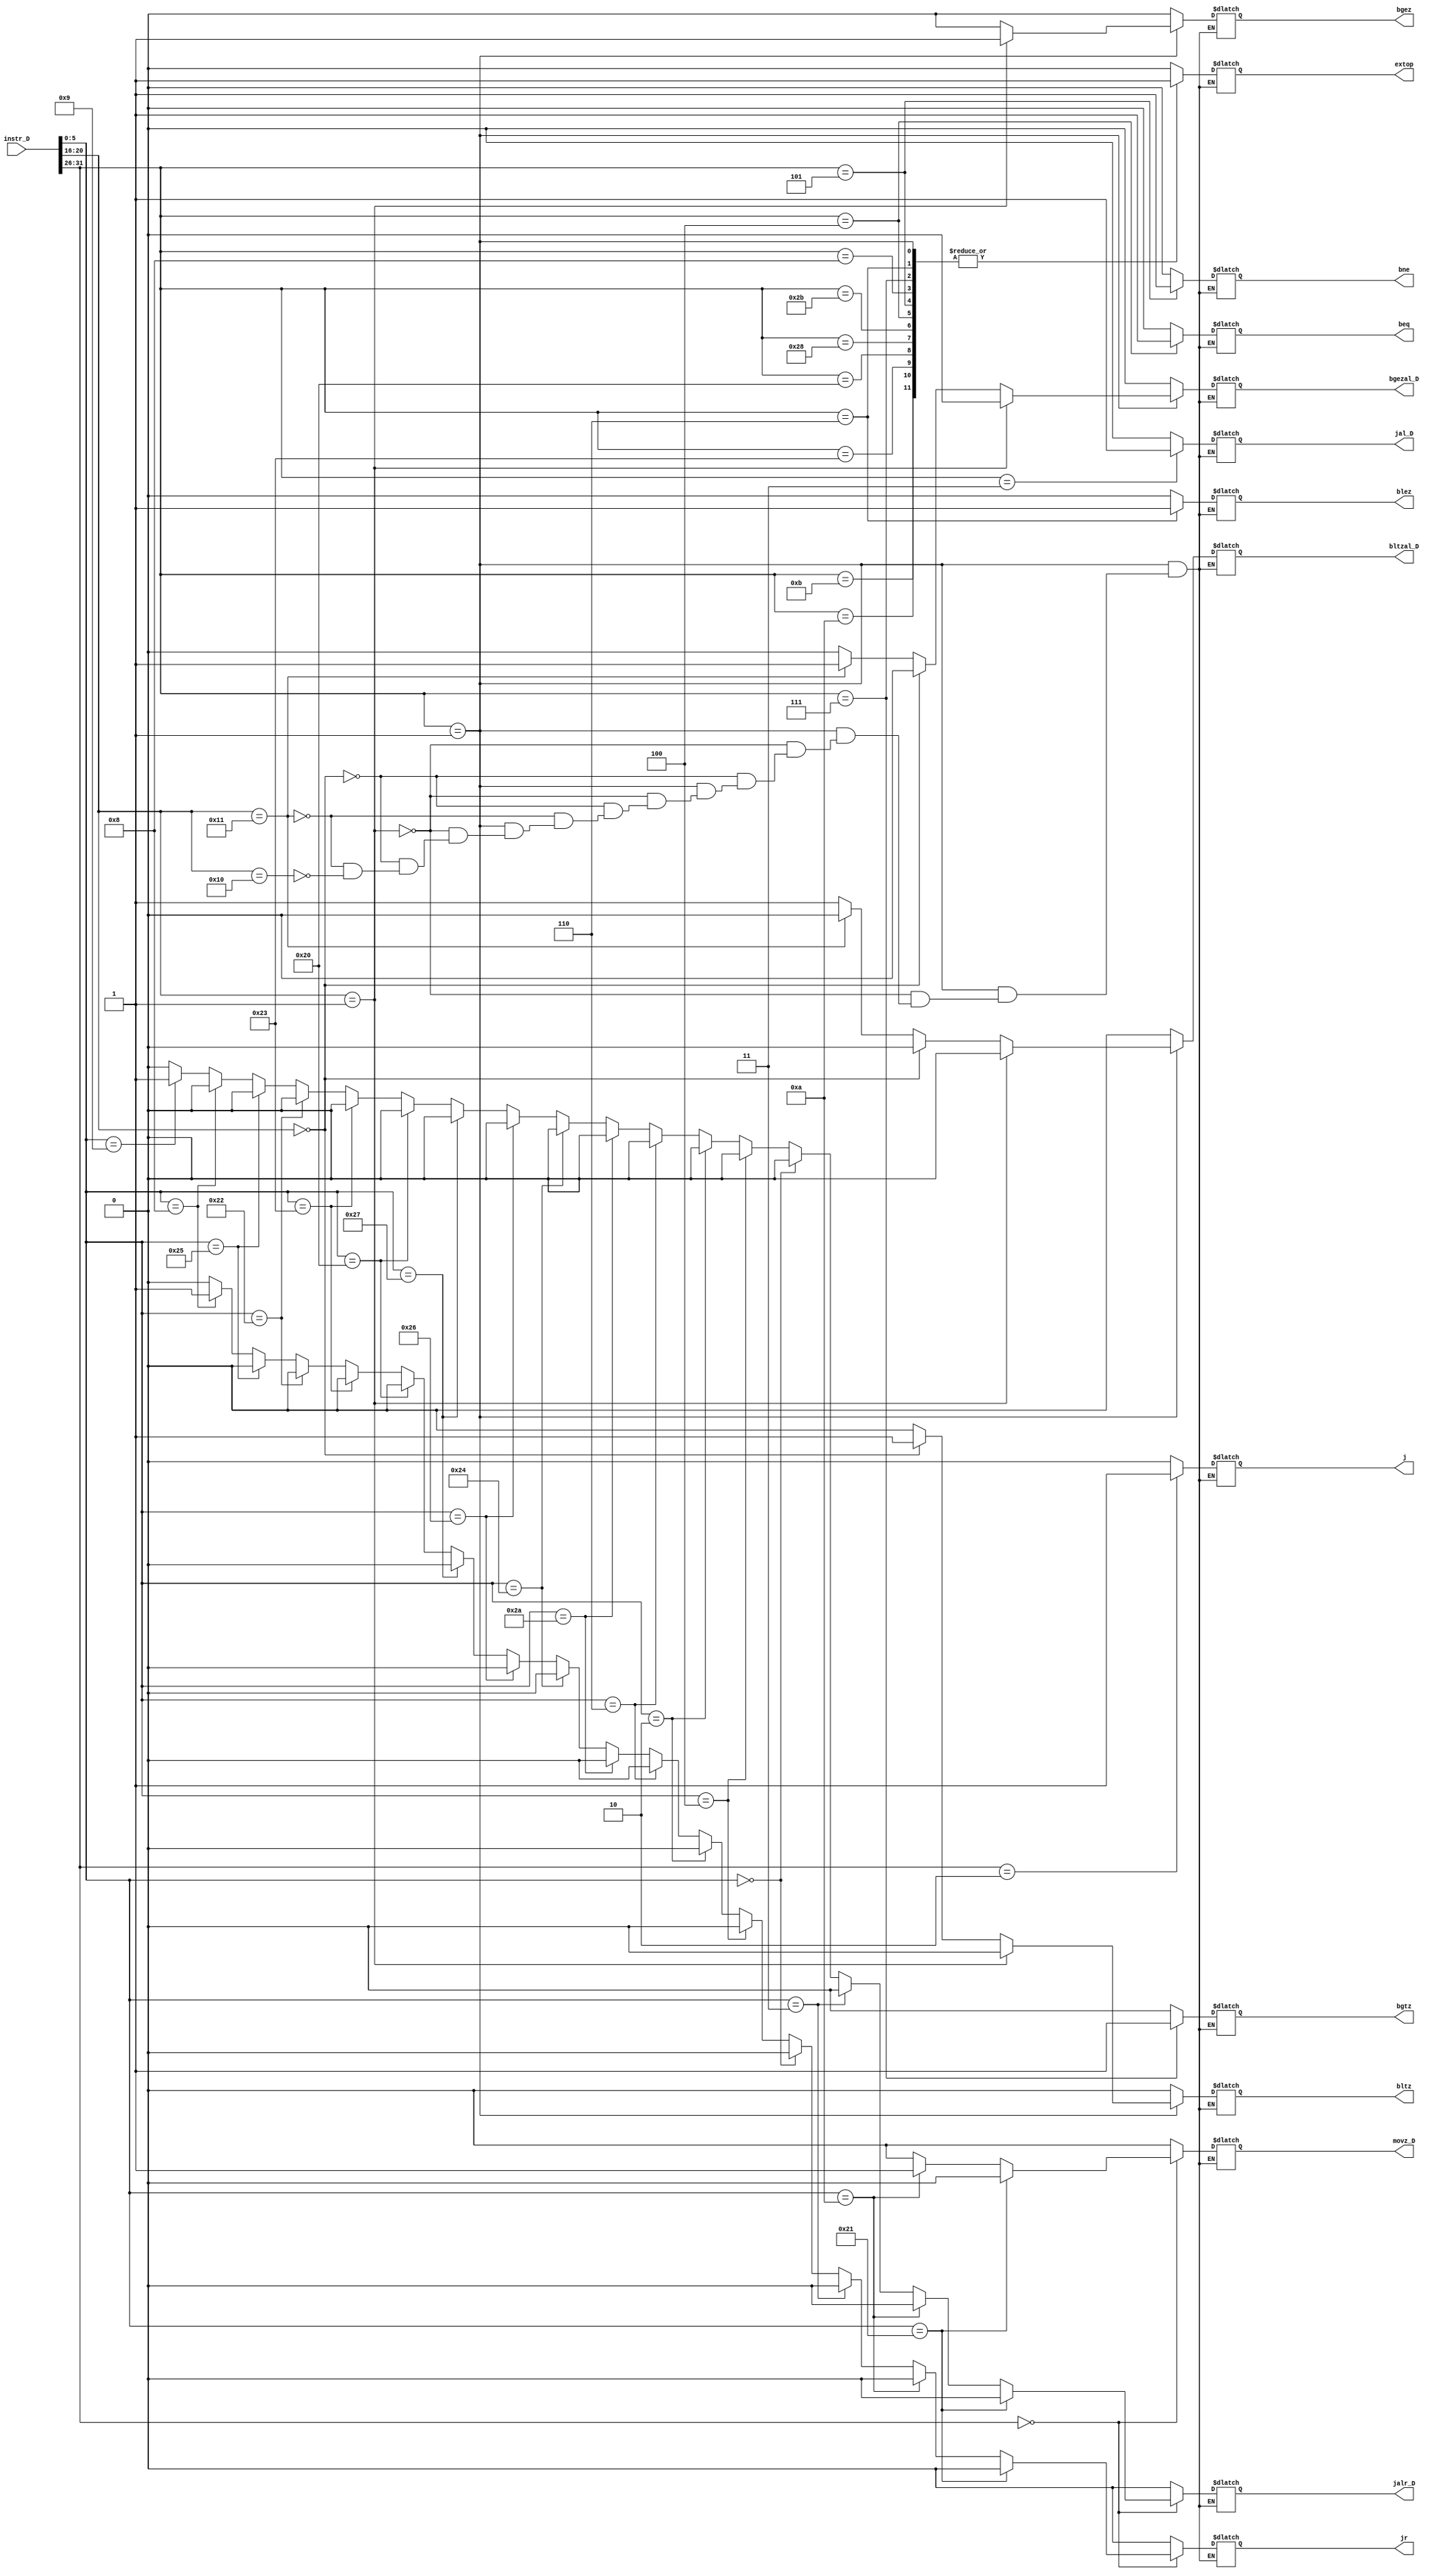
`timescale 1ns / 1ps
//////////////////////////////////////////////////////////////////////////////////
// Company: 
// Engineer: 
// 
// Design Name: 
// Module Name:    control 
// Project Name: 
// Target Devices: 
// Tool versions: 
// Description: 
//
// Dependencies: 
//
// Revision: 
// Revision 0.01 - File Created
// Additional Comments: 
//
//////////////////////////////////////////////////////////////////////////////////
module control(
    input [31:0] instr_D,
	 output reg bltz,
	 output reg blez,
	 output reg bgez,
	 output reg bgtz,
	 output reg bne,
    output reg beq,
	 output reg jr,
	 output reg extop,
	 output reg j,
	 output reg jal_D,
	 output reg bgezal_D,
	 output reg jalr_D,
	 output reg bltzal_D,
	 output reg movz_D
    );
	 always @ * begin
		case(instr_D[31:26])
		6'b000000:begin
			if(instr_D[5:0]==6'b100001)begin		//addu
				bltz = 0;
				blez = 0;
				bgez = 0;
				bgtz = 0;
				bne = 0;
				beq = 0;
				extop = 0;
				jr = 0;
				j = 0;
				jal_D = 0;
				jalr_D = 0;
				bgezal_D = 0;
				bltzal_D = 0;
				movz_D = 0;
			end
			
			else if(instr_D[5:0]==6'b001010)begin
				bltz = 0;
				blez = 0;
				bgez = 0;
				bgtz = 0;
				bne = 0;
				beq = 0;
				extop = 0;
				jr = 0;
				j = 0;
				jal_D = 0;
				jalr_D = 0;
				bgezal_D = 0;
				bltzal_D = 0;
				movz_D = 1;
			end
			
			else if(instr_D[5:0]==6'b000011)begin	//sra
				bltz = 0;
				blez = 0;
				bgez = 0;
				bgtz = 0;
				bne = 0;
				beq = 0;
				extop = 0;
				jr = 0;
				j = 0;
				jal_D = 0;
				jalr_D = 0;
				bgezal_D = 0;
				bltzal_D = 0;
				movz_D = 0;
			end
			
			else if(instr_D[5:0]==6'b000000)begin	//sll
				bltz = 0;
				blez = 0;
				bgez = 0;
				bgtz = 0;
				bne = 0;
				beq = 0;
				extop = 0;
				jr = 0;
				j = 0;
				jal_D = 0;
				jalr_D = 0;
				bgezal_D = 0;
				bltzal_D = 0;
				movz_D = 0;
			end
			
			else if(instr_D[5:0]==6'b000100)begin	//sllv
				bltz = 0;
				blez = 0;
				bgez = 0;
				bgtz = 0;
				bne = 0;
				beq = 0;
				extop = 0;
				jr = 0;
				j = 0;
				jal_D = 0;
				jalr_D = 0;
				bgezal_D = 0;
				bltzal_D = 0;
				movz_D = 0;
			end
			
			else if(instr_D[5:0]==6'b000010)begin	//srl
				bltz = 0;
				blez = 0;
				bgez = 0;
				bgtz = 0;
				bne = 0;
				beq = 0;
				extop = 0;
				jr = 0;
				j = 0;
				jal_D = 0;
				jalr_D = 0;
				bgezal_D = 0;
				bltzal_D = 0;
				movz_D = 0;
			end
			
			else if(instr_D[5:0]==6'b000110)begin	//srlv
				bltz = 0;
				blez = 0;
				bgez = 0;
				bgtz = 0;
				bne = 0;
				beq = 0;
				extop = 0;
				jr = 0;
				j = 0;
				jal_D = 0;
				jalr_D = 0;
				bgezal_D = 0;
				bltzal_D = 0;
				movz_D = 0;
			end
			
			else if(instr_D[5:0]==6'b101010)begin	//slt
				bltz = 0;
				blez = 0;
				bgez = 0;
				bgtz = 0;
				bne = 0;
				beq = 0;
				extop = 0;
				jr = 0;
				j = 0;
				jal_D = 0;
				jalr_D = 0;
				bgezal_D = 0;
				bltzal_D = 0;
				movz_D = 0;
			end
			
			else if(instr_D[5:0]==6'b100100)begin	//and
				bltz = 0;
				blez = 0;
				bgez = 0;
				bgtz = 0;
				bne = 0;
				beq = 0;
				extop = 0;
				jr = 0;
				j = 0;
				jal_D = 0;
				jalr_D = 0;
				bgezal_D = 0;
				bltzal_D = 0;
				movz_D = 0;
			end
			
			else if(instr_D[5:0]==6'b100110)begin	//xor
				bltz = 0;
				blez = 0;
				bgez = 0;
				bgtz = 0;
				bne = 0;
				beq = 0;
				extop = 0;
				jr = 0;
				j = 0;
				jal_D = 0;
				jalr_D = 0;
				bgezal_D = 0;
				bltzal_D = 0;
				movz_D = 0;
			end
			
			else if(instr_D[5:0]==6'b100111)begin	//nor
				bltz = 0;
				blez = 0;
				bgez = 0;
				bgtz = 0;
				bne = 0;
				beq = 0;
				extop = 0;
				jr = 0;
				j = 0;
				jal_D = 0;
				jalr_D = 0;
				bgezal_D = 0;
				bltzal_D = 0;
				movz_D = 0;
			end
			
			else if(instr_D[5:0]==6'b100000)begin	//add
				bltz = 0;
				blez = 0;
				bgez = 0;
				bgtz = 0;
				bne = 0;
				beq = 0;
				extop = 0;
				jr = 0;
				j = 0;
				jal_D = 0;
				jalr_D = 0;
				bgezal_D = 0;
				bltzal_D = 0;
				movz_D = 0;
			end
			else if(instr_D[5:0]==6'b100011)begin		//subu
				bltz = 0;
				blez = 0;
				bgez = 0;
				bgtz = 0;
				bne = 0;
				beq = 0;
				extop = 0;
				jr = 0;
				j = 0;
				jal_D = 0;
				jalr_D = 0;
				bgezal_D = 0;
				bltzal_D = 0;
				movz_D = 0;
			end
			else if(instr_D[5:0]==6'b100010)begin		//sub
				bltz = 0;
				blez = 0;
				bgez = 0;
				bgtz = 0;
				bne = 0;
				beq = 0;
				extop = 0;
				jr = 0;
				j = 0;
				jal_D = 0;
				jalr_D = 0;
				bgezal_D = 0;
				bltzal_D = 0;
				movz_D = 0;
			end
			else if(instr_D[5:0]==6'b100101)begin		//or
				bltz = 0;
				blez = 0;
				bgez = 0;
				bgtz = 0;
				bne = 0;
				beq = 0;
				extop = 0;
				jr = 0;
				j = 0;
				jal_D = 0;
				jalr_D = 0;
				bgezal_D = 0;
				bltzal_D = 0;
				movz_D = 0;
			end
			else if(instr_D[5:0]==6'b001000)begin	//jr	
				bltz = 0;
				blez = 0;
				bgez = 0;
				bgtz = 0;
				bne = 0;
				beq = 0;
				extop = 0;
				jr = 1;
				j = 0;
				jal_D = 0;
				jalr_D = 0;
				bgezal_D = 0;
				bltzal_D = 0;
				movz_D = 0;
			end
			else if(instr_D[5:0]==6'b001001)begin	//jalr
				bltz = 0;
				blez = 0;
				bgez = 0;
				bgtz = 0;
				bne = 0;
				beq = 0;
				extop = 0;
				jr = 0;
				j = 0;
				jal_D = 0;
				jalr_D = 1;
				bgezal_D = 0;
				bltzal_D = 0;
				movz_D = 0;
			end
			else begin
				bltz = 0;
				blez = 0;
				bgez = 0;
				bgtz = 0;
				bne = 0;
				beq = 0;
				extop = 0;
				jr = 0;
				j = 0;
				jal_D = 0;
				jalr_D = 0;
				bgezal_D = 0;
				bltzal_D = 0;
				movz_D = 0;
			end
		end
		6'b000001:begin	
			if(instr_D[20:16]==5'b00001)begin
				bltz = 0;
				bgez = 1;
				blez = 0;
				bgtz = 0;
				bne = 0;
				extop = 1;
				jr = 0;
				beq = 0;
				j = 0;
				jal_D = 0;
				jalr_D = 0;
				bgezal_D = 0;
				bltzal_D = 0;
				movz_D = 0;
			end
			else if(instr_D[20:16]==5'b00000)begin
				bltz = 1;
				bgez = 0;
				blez = 0;
				bgtz = 0;
				bne = 0;
				extop = 1;
				jr = 0;
				beq = 0;
				j = 0;
				jal_D = 0;
				jalr_D = 0;
				bgezal_D = 0;
				bltzal_D = 0;
				movz_D = 0;
			end
			else if(instr_D[20:16]==5'b10001)begin
				bltz = 0;
				bgez = 0;
				blez = 0;
				bgtz = 0;
				bne = 0;
				extop = 1;
				jr = 0;
				beq = 0;
				j = 0;
				jal_D = 0;
				jalr_D = 0;
				bgezal_D = 1;
				bltzal_D = 0;
				movz_D = 0;
			end
			else if(instr_D[20:16]==5'b10000)begin
				bltz = 0;
				bgez = 0;
				blez = 0;
				bgtz = 0;
				bne = 0;
				extop = 1;
				jr = 0;
				beq = 0;
				j = 0;
				jal_D = 0;
				jalr_D = 0;
				bgezal_D = 0;
				bltzal_D = 1;
				movz_D = 0;
			end
		end
		
		6'b001011:begin	//sltiu
			bltz = 0;
			blez = 0;
			bgez = 0;
			bgtz = 0;
			bne = 0;
			beq = 0;
			extop = 1;
			jr = 0;
			j = 0;
			jal_D = 0;
			jalr_D = 0;
			bgezal_D = 0;
			bltzal_D = 0;
			movz_D = 0;
		end
		
		6'b001010:begin	//slti
			bltz = 0;
			blez = 0;
			bgez = 0;
			bgtz = 0;
			bne = 0;
			beq = 0;
			extop = 1;
			jr = 0;
			j = 0;
			jal_D = 0;
			jalr_D = 0;
			bgezal_D = 0;
			bltzal_D = 0;
			movz_D = 0;
		end
		
		6'b001100:begin	//xori
			bltz = 0;
			blez = 0;
			bgez = 0;
			bgtz = 0;
			bne = 0;
			beq = 0;
			extop = 0;
			jr = 0;
			j = 0;
			jal_D = 0;
			jalr_D = 0;
			bgezal_D = 0;
			bltzal_D = 0;
			movz_D = 0;
		end
		
		6'b001110:begin	//xori
			bltz = 0;
			blez = 0;
			bgez = 0;
			bgtz = 0;
			bne = 0;
			beq = 0;
			extop = 0;
			jr = 0;
			j = 0;
			jal_D = 0;
			jalr_D = 0;
			bgezal_D = 0;
			bltzal_D = 0;
			movz_D = 0;
		end
		
		6'b001101:begin	//ori
			bltz = 0;
			blez = 0;
			bgez = 0;
			bgtz = 0;
			bne = 0;
			beq = 0;
			extop = 0;
			jr = 0;
			j = 0;
			jal_D = 0;
			jalr_D = 0;
			bgezal_D = 0;
			bltzal_D = 0;
			movz_D = 0;
		end
		6'b001111:begin	//lui
			bltz = 0;
			blez = 0;
			bgez = 0;
			bgtz = 0;
			bne = 0;
			beq = 0;
			extop = 0;
			jr = 0;
			j = 0;
			jal_D = 0;
			jalr_D = 0;
			bgezal_D = 0;
			bltzal_D = 0;
			movz_D = 0;
		end
		6'b100011:begin	//lw
			bltz = 0;
			blez = 0;
			bgez = 0;
			bgtz = 0;
			bne = 0;
			beq = 0;
			extop = 1;
			jr = 0;
			j = 0;
			jal_D = 0;
			jalr_D = 0;
			bgezal_D = 0;
			bltzal_D = 0;
			movz_D = 0;
		end
		6'b100000:begin	//lb
			bltz = 0;
			blez = 0;
			bgez = 0;
			bgtz = 0;
			bne = 0;
			beq = 0;
			extop = 1;
			jr = 0;
			j = 0;
			jal_D = 0;
			jalr_D = 0;
			bgezal_D = 0;
			bltzal_D = 0;
			movz_D = 0;
		end
		
		6'b101000:begin	//lb
			bltz = 0;
			blez = 0;
			bgez = 0;
			bgtz = 0;
			bne = 0;
			beq = 0;
			extop = 1;
			jr = 0;
			j = 0;
			jal_D = 0;
			jalr_D = 0;
			bgezal_D = 0;
			bltzal_D = 0;
			movz_D = 0;
		end
		
		6'b101011:begin	//sw
			bltz = 0;
			blez = 0;
			bgez = 0;
			bgtz = 0;
			bne = 0;
			beq = 0;
			extop = 1;
			jr = 0;
			j = 0;
			jal_D = 0;
			jalr_D = 0;
			bgezal_D = 0;
			bltzal_D = 0;
			movz_D = 0;
		end
		6'b000100:begin	//beq
			bltz = 0;
			blez = 0;
			bgez = 0;
			bgtz = 0;
			bne = 0;
			beq = 1;
			extop = 1;/////0
			jr = 0;
			j = 0;
			jal_D = 0;
			jalr_D = 0;
			bgezal_D = 0;
			bltzal_D = 0;
			movz_D = 0;
		end
		6'b000101:begin	//bne
			bltz = 0;
			blez = 0;
			bgez = 0;
			bgtz = 0;
			bne = 1;
			beq = 0;
			extop = 1;/////0
			jr = 0;
			j = 0;
			jal_D = 0;
			jalr_D = 0;
			bgezal_D = 0;
			bltzal_D = 0;
			movz_D = 0;
		end
		6'b000011:begin	//jal
			bltz = 0;
			blez = 0;
			bgez = 0;
			bgtz = 0;
			bne = 0;
			beq = 0;
			extop = 0;
			jr = 0;
			j = 0;
			jal_D = 1;
			jalr_D = 0;
			bgezal_D = 0;
			bltzal_D = 0;
			movz_D = 0;
		end
		6'b000010:begin	//j
			bltz = 0;
			blez = 0;
			bgez = 0;
			bgtz = 0;
			bne = 0;
			extop = 0;
			jr = 0;
			beq = 0;
			j = 1;
			jal_D = 0;
			jalr_D = 0;
			bgezal_D = 0;
			bltzal_D = 0;
			movz_D = 0;
		end
		6'b001000:begin	//addi
			bltz = 0;
			blez = 0;
			bgez = 0;
			bgtz = 0;
			bne = 0;
			extop = 1;
			jr = 0;
			beq = 0;
			j = 0;
			jal_D = 0;
			jalr_D = 0;
			bgezal_D = 0;
			bltzal_D = 0;
			movz_D = 0;
		end
		
		6'b000111:begin	
			bltz = 0;
			blez = 0;
			bgez = 0;
			bgtz = 1;
			bne = 0;
			extop = 1;
			jr = 0;
			beq = 0;
			j = 0;
			jal_D = 0;
			jalr_D = 0;
			bgezal_D = 0;
			bltzal_D = 0;
			movz_D = 0;
		end
		6'b000110:begin	
			bltz = 0;
			blez = 1;
			bgez = 0;
			bgtz = 0;
			bne = 0;
			extop = 1;
			jr = 0;
			beq = 0;
			j = 0;
			jal_D = 0;
			jalr_D = 0;
			bgezal_D = 0;
			bltzal_D = 0;
			movz_D = 0;
		end
		default:begin
			bltz = 0;
			blez = 0;
			bgez = 0;
			bgtz = 0;
			bne = 0;
			extop = 0;
			jr = 0;
			beq = 0;
			j = 0;
			jal_D = 0;
			jalr_D = 0;
			bgezal_D = 0;
			bltzal_D = 0;
			movz_D = 0;
		end
		endcase
	 end
	 
//assign jr=(op==6'b0&&func==6'b001000);

endmodule